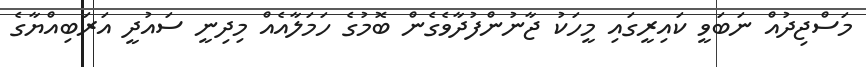
މަސްޖިދުއް ނަބަވީ ކައިރީގައި މީހަކު ޖާނުންފުދާވެގެން ބޮމުގެ ހަމަލާއެއް މިދިނީ ސައުދީ އަރަބިއްޔާގެ